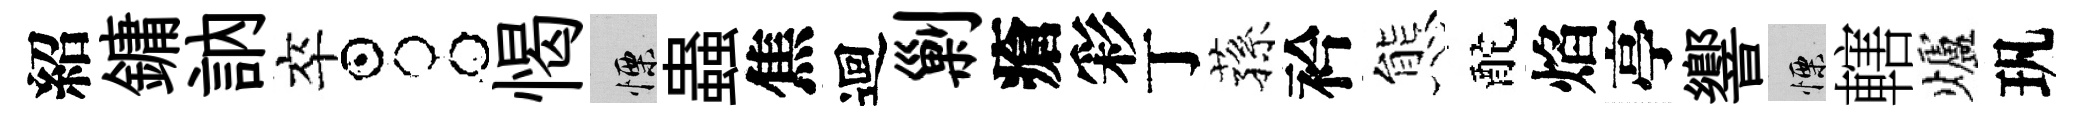
紹鏞訥卒占愒慄蟲焦迴剿瘡彩丁蓀衿態酡焰亭響慄轄爐㺬